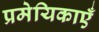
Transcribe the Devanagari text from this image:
प्रमेयिकाएँ